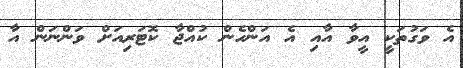
އެ ވަގުތަކީ އީވާ އާއި އެ އަންހެން ކުއްޖާ ކޮޓަރިއަށް ވަންނަން އާ